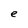
Character: e